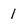
Character: 1